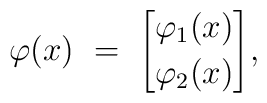
\varphi(x) \ = \ { \varphi_1(x) \brack \varphi_2(x)} ,